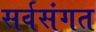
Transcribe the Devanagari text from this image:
सर्वसंगत